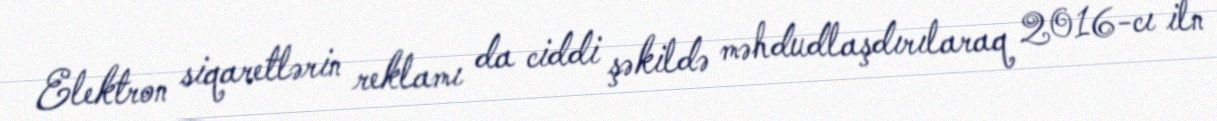
Elektron siqaretlərin reklamı da ciddi şəkildə məhdudlaşdırılaraq 2016-cı iln